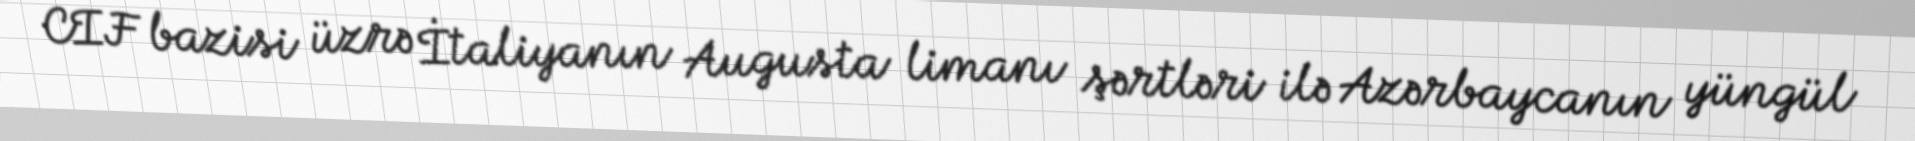
CIF bazisi üzrə İtaliyanın Augusta limanı şərtləri ilə Azərbaycanın yüngül